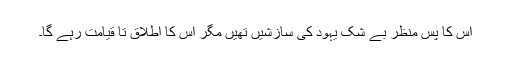
اس کا پس منظر بے شک یہود کی سازشیں تھیں مگر اس کا اطلاق تا قیامت رہے گا۔